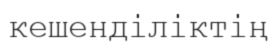
кешенділіктің